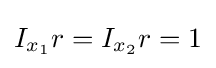
I_{x_{1}}r=I_{x_{2}}r=1